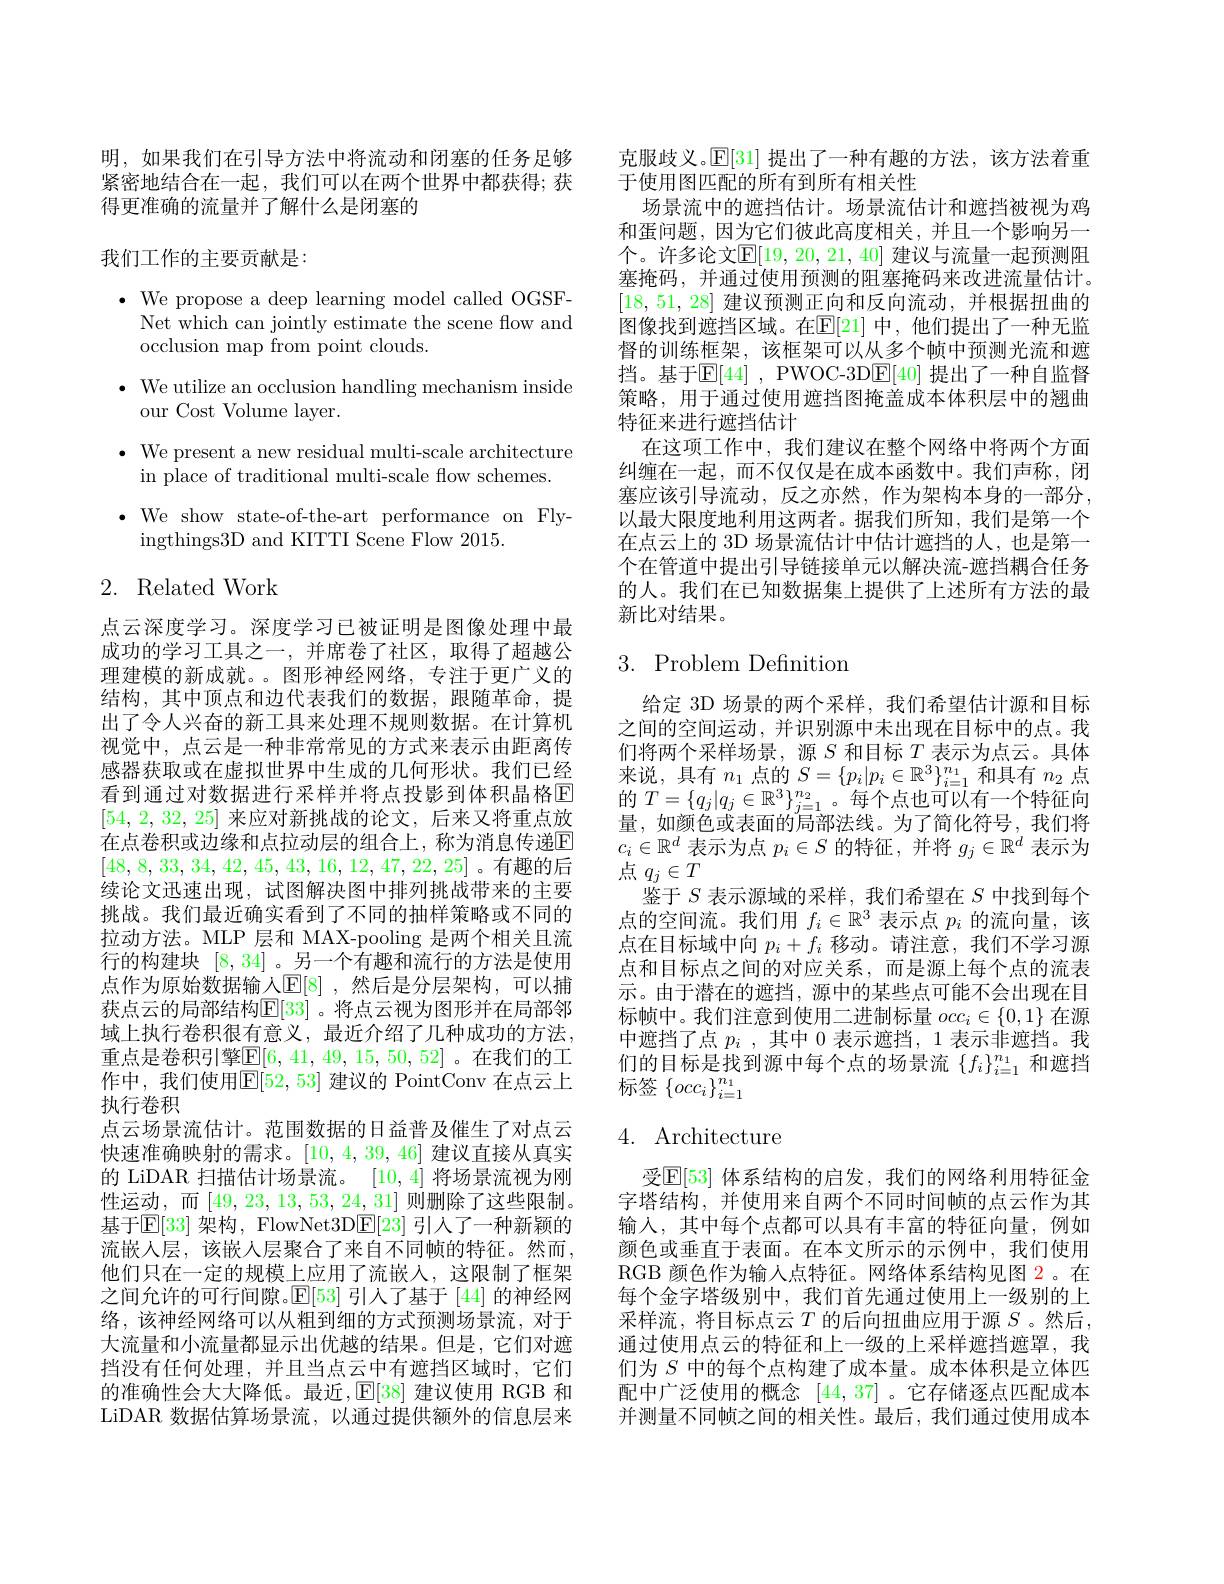
明，如果我们在引导方法中将流动和闭塞的任务足够紧密地结合在一起，我们可以在两个世界中都获得；获得更准确的流量并了解什么是闭塞的

我们工作的主要贡献是：

$\cdot$ We propose a deep learning model called OGSF-
Net which can jointly estimate the scene flow and
occlusion map from point clouds.
$\cdot$ We utilize an occlusion handling mechanism inside
our Cost Volume layer.
$\bullet$ We present a new residual multi-scale architecture
in place of traditional multi-scale flow schemes.
$\cdot$ We show state-of-the-art performance on Fly-
ingthings3D and KITTI Scene Flow 2015.

# 2. Related Work

点云深度学习。深度学习已被证明是图像处理中最成功的学习工具之一，并席卷了社区，取得了超越公理建模的新成就。。图形神经网络，专注于更广义的结构，其中顶点和边代表我们的数据，跟随革命，提出了令人兴奋的新工具来处理不规则数据。在计算机视觉中，点云是一种非常常见的方式来表示由距离传感器获取或在虚拟世界中生成的几何形状。我们已经看到通过对数据进行采样并将点投影到体积晶格E [54,2,32,25]来应对新挑战的论文，后来又将重点放在点卷积或边缘和点拉动层的组合上，称为消息传递E [48, 8, 33, 34, 42, 45, 43, 16, 12, 47, 22, 25] 。有趣的后续论文迅速出现，试图解决图中排列挑战带来的主要挑战。我们最近确实看到了不同的抽样策略或不同的拉动方法。MLP 层和 MAX-pooling 是两个相关且流行的构建块[8,34] 。另一个有趣和流行的方法是使用点作为原始数据输入$\mathbb{E}[8]$ ,然后是分层架构，可以捕获点云的局部结构$\mathbb{E}[33]$ 。将点云视为图形并在局部邻域上执行卷积很有意义，最近介绍了几种成功的方法， 重点是卷积引擎$\overline{\mathbb{E}}[6,41,49,15,50,52]$ 。在我们的工作中，我们使用$\mathbb{E}[52,53]$ 建议的 PointConv 在点云上执行卷积
点云场景流估计。范围数据的日益普及催生了对点云快速准确映射的需求。[10,4,39,46]建议直接从真实的 LiDAR 扫描估计场景流。[10,4]将场景流视为刚性运动，而[49,23,13,53,24,31]则删除了这些限制。基于$\mathbb{E}[33]$ 架构，FlowNet3D$\mathbb{E}[23]$ 引人了一种新颖的流嵌人层，该嵌入层聚合了来自不同帧的特征。然而， 他们只在一定的规模上应用了流嵌入，这限制了框架之间允许的可行间隙。$\mathbb{E}[53]$引人了基于 [44] 的神经网络，该神经网络可以从粗到细的方式预测场景流，对于大流量和小流量都显示出优越的结果。但是，它们对遮挡没有任何处理，并且当点云中有遮挡区域时，它们的准确性会大大降低。最近$,\mathbb{E}[38]$ 建议使用 RGB 和LiDAR 数据估算场景流，以通过提供额外的信息层来

克服歧义。$\mathbb{E}[31]$提出了一种有趣的方法，该方法着重
于使用图匹配的所有到所有相关性
场景流中的遮挡估计。场景流估计和遮挡被视为鸡和蛋问题，因为它们彼此高度相关，并且一个影响另一个。许多论文$\mathbb{E}[19,20,21,40]$ 建议与流量一起预测阻塞掩码，并通过使用预测的阻塞掩码来改进流量估计。[18,51,28]建议预测正向和反向流动，并根据扭曲的图像找到遮挡区域。在$\mathbb{E}[21]$ 中，他们提出了一种无监督的训练框架，该框架可以从多个帧中预测光流和遮挡。基于$\mathbb{E}[44]$, PWOC-3D$\mathbb{E}[40]$ 提出了一种自监督策略，用于通过使用遮挡图掩盖成本体积层中的翘曲特征来进行遮挡估计
在这项工作中，我们建议在整个网络中将两个方面纠缠在一起，而不仅仅是在成本函数中。我们声称，闭塞应该引导流动，反之亦然，作为架构本身的一部分， 以最大限度地利用这两者。据我们所知，我们是第一个在点云上的 3D 场景流估计中估计遮挡的人，也是第一个在管道中提出引导链接单元以解决流-遮挡耦合任务的人。我们在已知数据集上提供了上述所有方法的最新比对结果。

# $3.{\mathrm{Problem}}{\mathrm{Definition}}$

给定 3D 场景的两个采样，我们希望估计源和目标之间的空间运动，并识别源中未出现在目标中的点。我们将两个采样场景，源$S$和目标$T$表示为点云。具体来说，具有$n_1$点的$S=\{p_i|p_i\in\mathbb{R}^3\}_{i=1}^{n_1}$和具有$n_2$点的$T=\{q_j|q_j\in\mathbb{R}^3\}_{j=1}^{n_2}$。每个点也可以有一个特征向量，如颜色或表面的局部法线。为了简化符号，我们将$c_i\in\mathbb{R}^d$表示为点$p_i\in S$的特征，并将$g_j\in\mathbb{R}^d$表示为点$q_j\in T$
鉴于$S$表示源域的采样，我们希望在$S$中找到每个点的空间流。我们用$f_i\in\mathbb{R}^3$表示点$p_i$的流向量，该点在目标域中向$p_i+f_i$移动。请注意，我们不学习源点和目标点之间的对应关系，而是源上每个点的流表示。由于潜在的遮挡，源中的某些点可能不会出现在目标帧中。我们注意到使用二进制标量$occ_i\in\{0,1\}$在源中遮挡了点$p_i$ ,其中 0 表示遮挡，1 表示非遮挡。我们的目标是找到源中每个点的场景流$\{f_i\}_{i=1}^{n_1}$和遮挡标签$\{occ_i\}_{i=1}^{n_1}$

# 4. Architecture

受$\mathbb{E}[53]$ 体系结构的启发，我们的网络利用特征金字塔结构，并使用来自两个不同时间帧的点云作为其输入，其中每个点都可以具有丰富的特征向量，例如颜色或垂直于表面。在本文所示的示例中，我们使用RGB 颜色作为输入点特征。网络体系结构见图 2。在每个金字塔级别中，我们首先通过使用上一级别的上采样流，将目标点云$T$ 的后向扭曲应用于源 $S$。然后， 通过使用点云的特征和上一级的上采样遮挡遮罩，我们为$S$中的每个点构建了成本量。成本体积是立体匹配中广泛使用的概念[44,37] 。它存储逐点匹配成本并测量不同帧之间的相关性。最后，我们通过使用成本